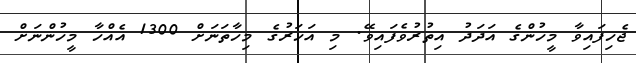
ޖެހިފައިވާ މީހުންގެ އަދަދު އިތުރުވެފައިވޭ. މި އަހަރުގެ މިހާތަނަށް 1300 އެއްހާ މީހުންނަށް